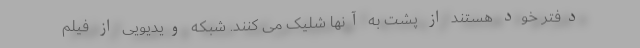
دفتر خود هستند از پشت به آنها شلیک می کنند. شبکه ویدیویی از فیلم